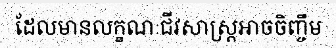
ដែលមានលក្ខណៈជីវសាស្ត្រអាចចិញ្ចឹម